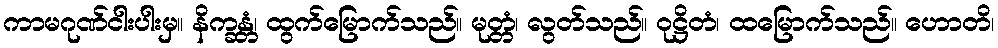
ကာမဂုဏ်ငါးပါးမှ။ နိက္ခန္တံ၊ ထွက်မြောက်သည်။ မုတ္တံ၊ လွတ်သည်။ ဝုဋ္ဌိတံ၊ ထမြောက်သည်။ ဟောတိ၊